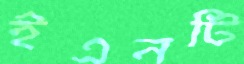
ইএনটি